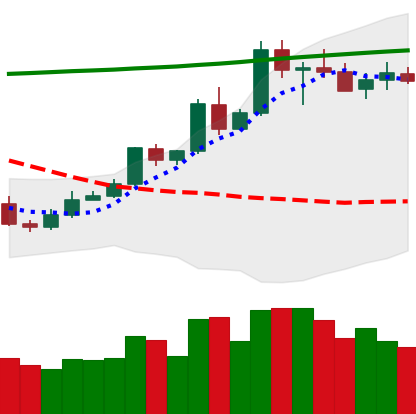
Ticker: ETC-USD
Chart end date: 2020-05-09
Forward return: -11.72%
Label: down_7plus